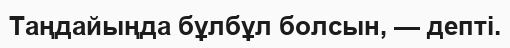
Таңдайыңда бұлбұл болсын, — депті.